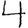
Digit: 4